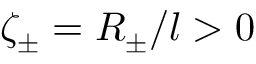
\zeta _ { \pm } = R _ { \pm } / l > 0